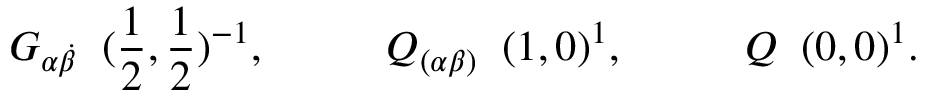
G _ { \alpha \dot { \beta } } \; \; ( \frac { 1 } { 2 } , \frac { 1 } { 2 } ) ^ { - 1 } , \; \; \; \; \; \; \; \; \; \; Q _ { ( \alpha \beta ) } \; \; ( 1 , 0 ) ^ { 1 } , \; \; \; \; \; \; \; \; \; \; Q \; \; ( 0 , 0 ) ^ { 1 } .